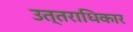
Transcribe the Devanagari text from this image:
उत्तराधिकार